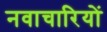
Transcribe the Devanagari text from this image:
नवाचारियों